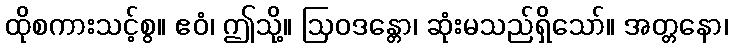
ထိုစကားသင့်စွ။ ဧဝံ၊ ဤသို့။ ဩဝဒန္တော၊ ဆုံးမသည်ရှိသော်။ အတ္တနော၊